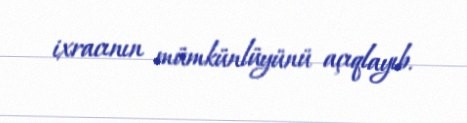
ixracının mümkünlüyünü açıqlayıb.